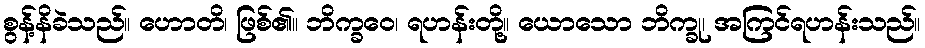
စွန့်နိခဲသည်။ ဟောတိ၊ ဖြစ်၏။ ဘိက္ခဝေ၊ ရဟန်းတို့။ ယောသော ဘိက္ခု၊ အကြင်ရဟန်းသည်။